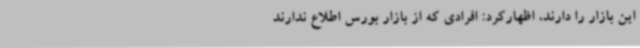
این بازار را دارند، اظهارکرد: افرادی که از بازار بورس اطلاع ندارند